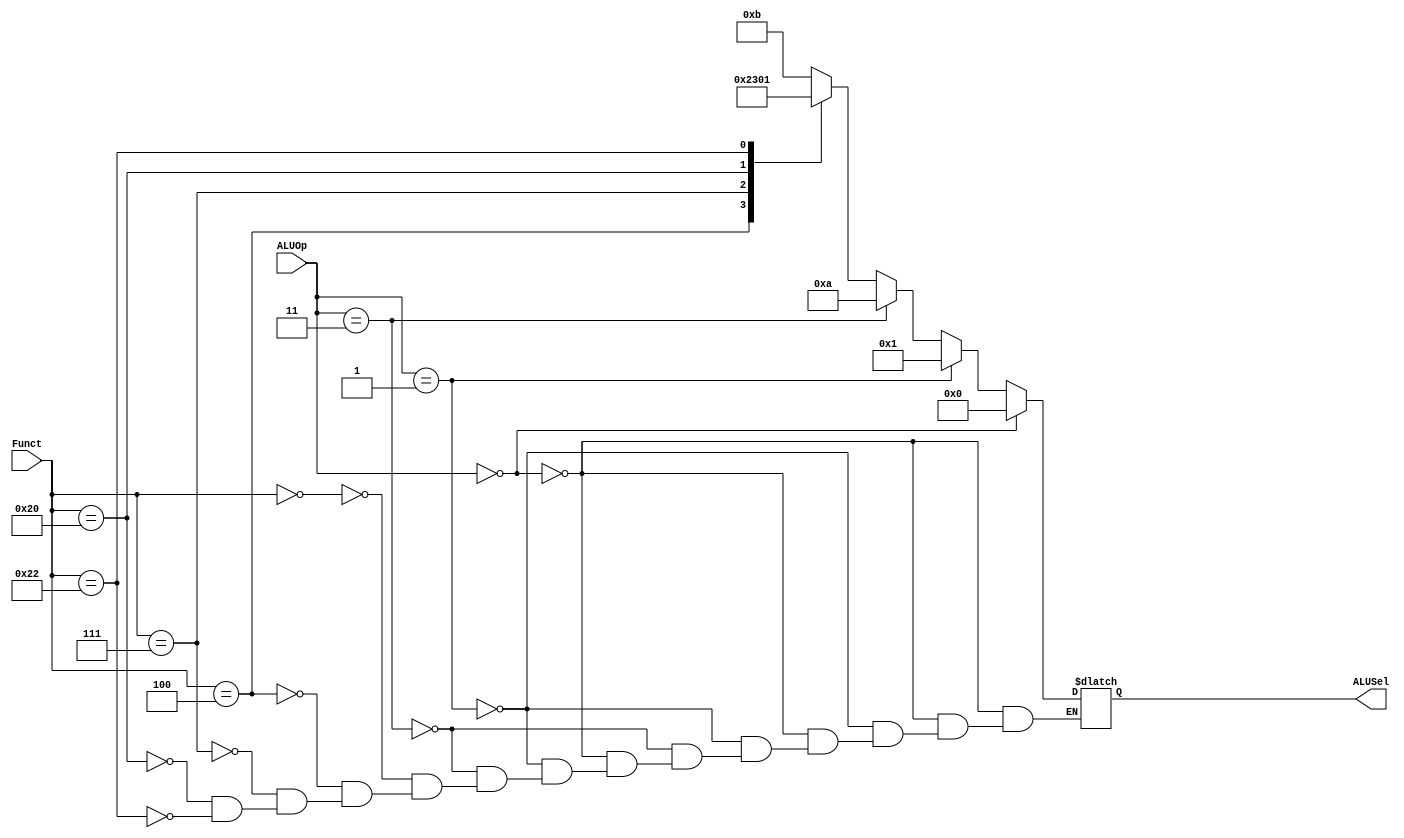
`timescale 1ns / 1ps
//////////////////////////////////////////////////////////////////////////////////
// Company: 
// Engineer: 
// 
// Design Name: 
// Module Name: ALUD
// Project Name: 
// Target Devices: 
// Tool Versions: 
// Description: 
// 
// Dependencies: 
// 
// Revision:
// Revision 0.01 - File Created
// Additional Comments:
// 
//////////////////////////////////////////////////////////////////////////////////


module ALUD(Funct, ALUOp, 
            ALUSel);
    input       [1:0]ALUOp;
    input       [5:0]Funct;
    output reg  [3:0]ALUSel;
    always@(*) begin
        if (ALUOp == 0) begin
            ALUSel = 0;
        end else if(ALUOp == 1) begin
            ALUSel = 1;
        end else if(ALUOp == 3) begin
            ALUSel = 10;
        end else begin
            case(Funct)
                6'b000000 : begin
                                ALUSel = 11;
                            end
                6'b000100 : begin
                                ALUSel = 2;
                            end
                6'b000111 : begin
                                ALUSel = 3;
                            end
                6'b100000 : begin
                                ALUSel = 0;
                            end
                6'b100010 : begin
                                ALUSel = 1;
                            end
            endcase
        end
    end  
endmodule